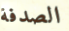
الصدفة